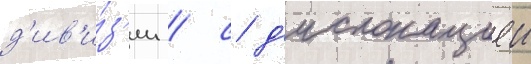
д'ив'и́з'ии / с д'ислокациеи